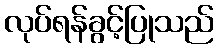
လုပ်ရန်ခွင့်ပြုသည်